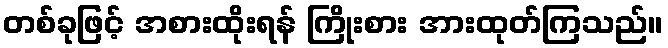
တစ်ခုဖြင့် အစားထိုးရန် ကြိုးစား အားထုတ်ကြသည်။